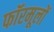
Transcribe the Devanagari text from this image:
फॉरमूलों